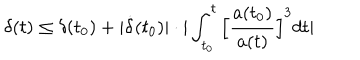
LaTeX: \delta ( t ) \leq \delta ( t _ { 0 } ) + | \dot { \delta } ( t _ { 0 } ) | \cdot | \int _ { t _ { 0 } } ^ { t } \Big [ \frac { a ( t _ { 0 } ) } { a ( t ) } \Big ] ^ { 3 } d t |